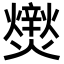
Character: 㸉